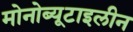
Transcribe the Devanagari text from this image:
मोनोब्यूटाइलीन